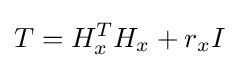
T=H_{x}^{T}H_{x}+r_{x}I